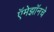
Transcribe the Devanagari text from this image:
ऍमेझॉनचे